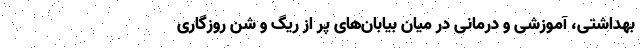
بهداشتی، آموزشی و درمانی در میان بیابان‌های پر از ریگ و شن روزگاری